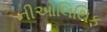
નીઓલિથિક